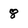
Character: 8